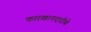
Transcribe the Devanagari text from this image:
कारखानदारीचे